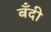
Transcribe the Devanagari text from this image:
बँदी